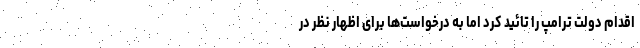
اقدام دولت ترامپ را تائید کرد اما به درخواست‌ها برای اظهار نظر در